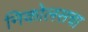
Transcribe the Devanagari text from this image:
निकोलसचा